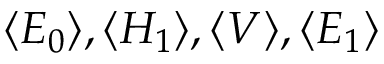
\langle E _ { 0 } \rangle , \langle H _ { 1 } \rangle , \langle V \rangle , \langle E _ { 1 } \rangle